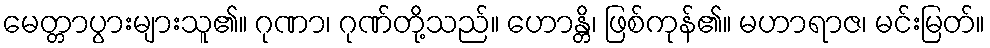
မေတ္တာပွားများသူ၏။ ဂုဏာ၊ ဂုဏ်တို့သည်။ ဟောန္တိ၊ ဖြစ်ကုန်၏။ မဟာရာဇ၊ မင်းမြတ်။